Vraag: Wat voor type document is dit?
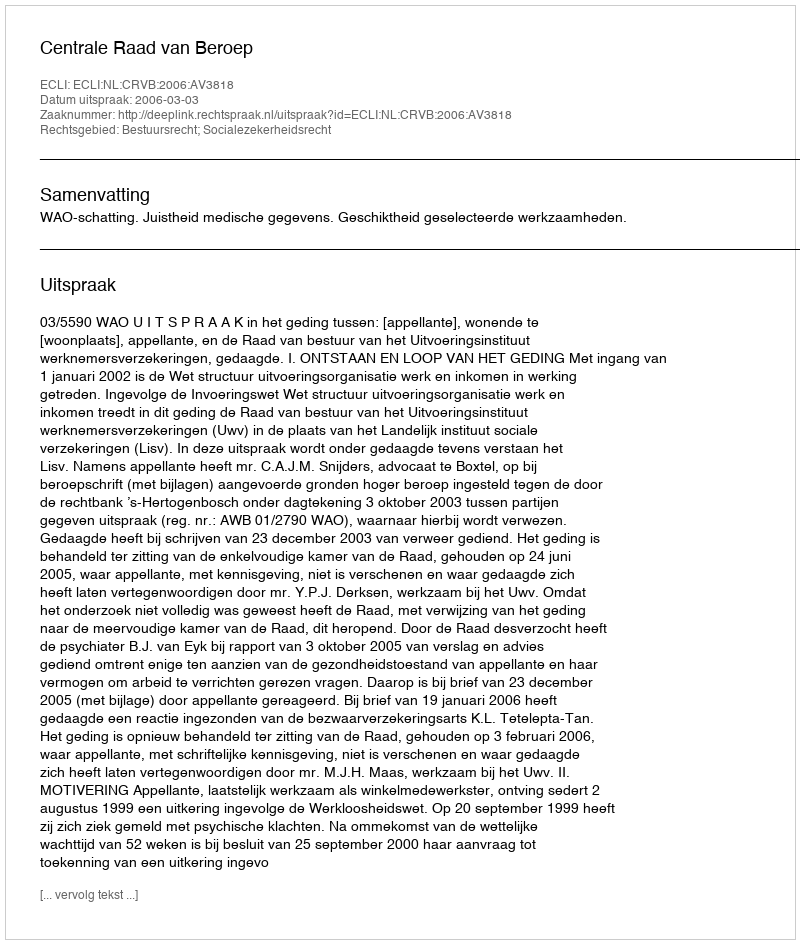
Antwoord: Uitspraak